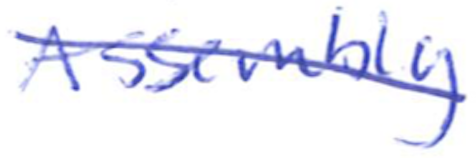
Text: Assembly
Cross-out: diagonal
Writing tool: ballpoint